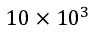
1 0 \times 1 0 ^ { 3 }